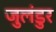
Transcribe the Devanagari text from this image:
जुलंडुर